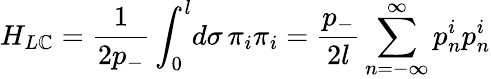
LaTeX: H_{L\mathbb{C}}=\frac{{1}}{{2p_{-}}}\int_{0}^{l}\! d\sigma\, \pi_{i}\pi_{i}=\frac{{p_{-}}}{{2l}}\sum_{n=-\infty}^{\infty}p_{n}^{i}p_{n}^{i}